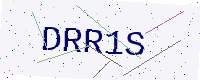
Text: DRR1S